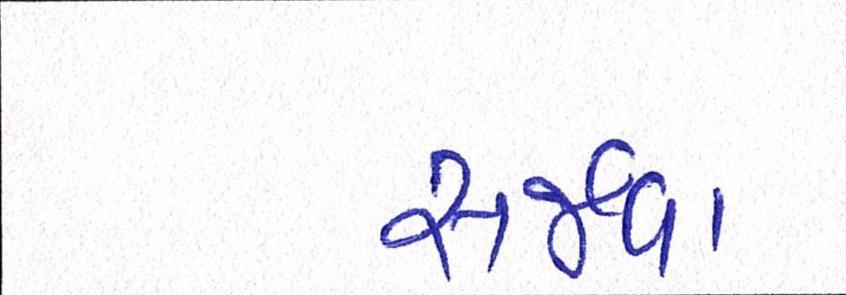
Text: સર્જવા